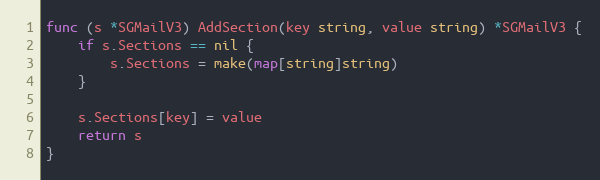
Language: Go
func (s *SGMailV3) AddSection(key string, value string) *SGMailV3 {
	if s.Sections == nil {
		s.Sections = make(map[string]string)
	}

	s.Sections[key] = value
	return s
}